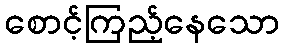
စောင့်ကြည့်နေသော